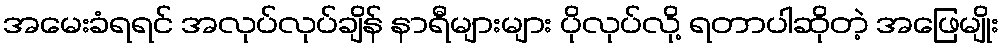
အမေးခံရရင် အလုပ်လုပ်ချိန် နာရီများများ ပိုလုပ်လို့ ရတာပါဆိုတဲ့ အဖြေမျိုး